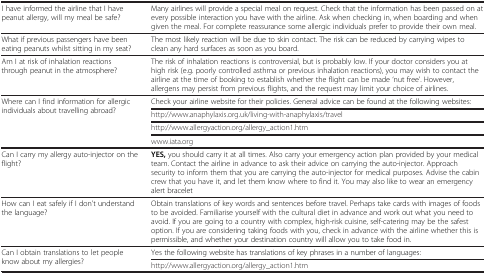
| <COLSPAN=2>  |
 | --- | --- |
 | I have informed the airline that I have peanut allergy, will my meal be safe? | Many airlines will provide a special meal on request. Check that the information has been passed on at every possible interaction you have with the airline. Ask when checking in, when boarding and when given the meal. For complete reassurance some allergic individuals prefer to provide their own meal. |
 | What if previous passengers have been eating peanuts whilst sitting in my seat? | The most likely reaction will be due to skin contact. The risk can be reduced by carrying wipes to clean any hard surfaces as soon as you board. |
 | Am I at risk of inhalation reactions through peanut in the atmosphere? | The risk of inhalation reactions is controversial, but is probably low. If your doctor considers you at high risk (e.g. poorly controlled asthma or previous inhalation reactions), you may wish to contact the airline at the time of booking to establish whether the flight can be made ‘nut free’. However, allergens may persist from previous flights, and the request may limit your choice of airlines. |
 | <ROWSPAN=4> Where can I find information for allergic individuals about travelling abroad? | Check your airline website for their policies. General advice can be found at the following websites: |
 | http://www.anaphylaxis.org.uk/living-with-anaphylaxis/travel |
 | http://www.allergyaction.org/allergy_action1.htm |
 | http://www.iata.org |
 | Can I carry my allergy auto-injector on the flight? | YES, you should carry it at all times. Also carry your emergency action plan provided by your medical team. Contact the airline in advance to ask their advice on carrying the auto-injector. Approach security to inform them that you are carrying the auto-injector for medical purposes. Advise the cabin crew that you have it, and let them know where to find it. You may also like to wear an emergency alert bracelet |
 | How can I eat safely if I don’t understand the language? | Obtain translations of key words and sentences before travel. Perhaps take cards with images of foods to be avoided. Familiarise yourself with the cultural diet in advance and work out what you need to avoid. If you are going to a country with complex, high-risk cuisine, self-catering may be the safest option. If you are considering taking foods with you, check in advance with the airline whether this is permissible, and whether your destination country will allow you to take food in. |
 | <ROWSPAN=2> Can I obtain translations to let people know about my allergies? | Yes the following website has translations of key phrases in a number of languages: |
 | http://www.allergyaction.org/allergy_action1.htm |